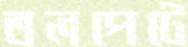
তলপেটে